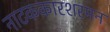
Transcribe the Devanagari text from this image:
नाटककारशरमन